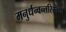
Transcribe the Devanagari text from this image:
मनुर्धन्वन्तरिस्तथा